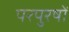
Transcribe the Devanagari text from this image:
परपुरषों